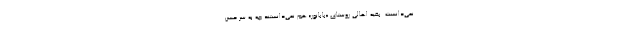
نمي‌دانست. بقيه اهالي روستاي «بابانور» هم نمي‌دانستند چه به سر حسن